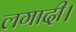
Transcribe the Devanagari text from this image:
लगादी।